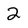
Character: 2